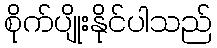
စိုက်ပျိုးနိုင်ပါသည်